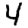
Digit: 4